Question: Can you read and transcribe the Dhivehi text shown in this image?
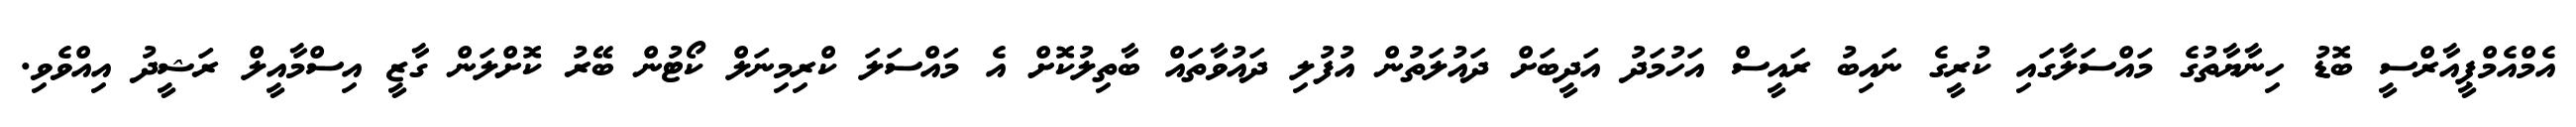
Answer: އެމްއެމްޕީއާރްސީ ބޮޑު ހިނާޔާތުގެ މައްސަލާގައި ކުރީގެ ނައިބު ރައީސް އަހުމަދު އަދީބަށް ދައުލަތުން އުފުލި ދައުވާތައް ބާތިލުކޮށް އެ މައްސަލަ ކްރިމިނަލް ކޯޓުން ބޭރު ކޮށްލަން ގާޒީ އިސްމާއީލް ރަޝީދު އިއްވެވި.